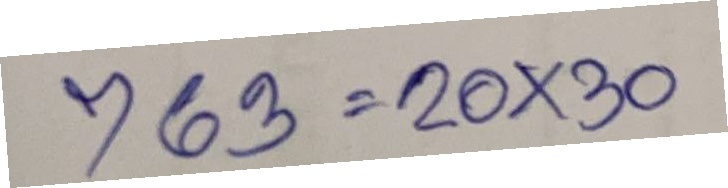
763 = 20x30